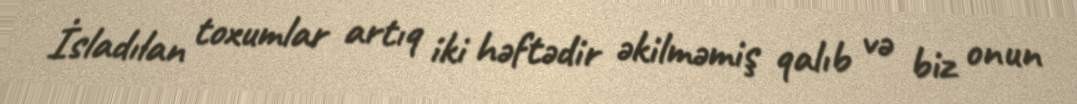
İsladılan toxumlar artıq iki həftədir əkilməmiş qalıb və biz onun